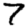
Digit: 7